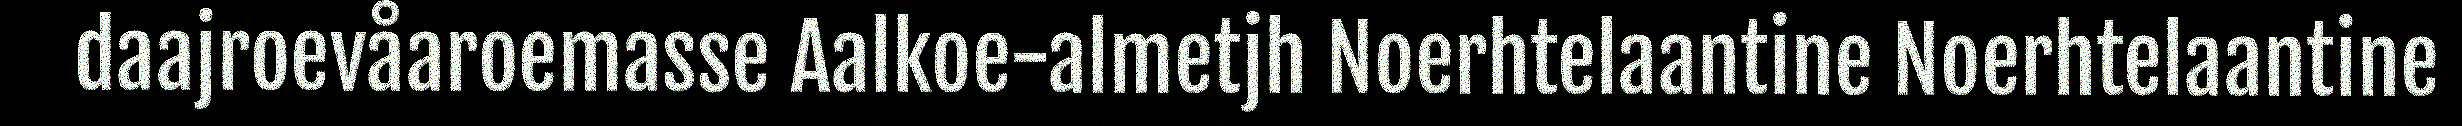
daajroevåaroemasse Aalkoe-almetjh Noerhtelaantine Noerhtelaantine